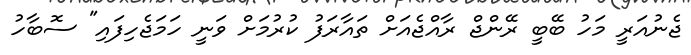
ޖެނުއަރީ މަހު ބޭބީ ރޭންޖް ރާއްޖެއަށް ތައާރަފު ކުރުމަށް ވަނީ ހަމަޖެހިފައި" ސޮބާހު